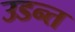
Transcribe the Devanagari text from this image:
उडन्त